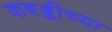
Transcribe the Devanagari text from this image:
कबड्डीच्या